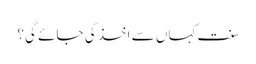
سنت کہاں سے اخذ کی جائے گی؟